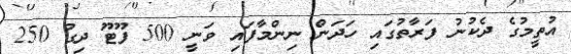
އުތީމުގެ ދެކުނު ފަރާތުގައި ހަދަން ނިންމާފައި ވަނީ 500 ފޫޓޫ ދިގު 250